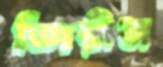
জিরীন